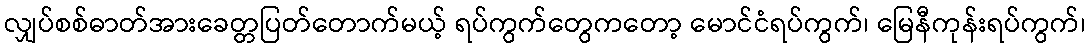
လျှပ်စစ်ဓာတ်အားခေတ္တပြတ်တောက်မယ့် ရပ်ကွက်တွေကတော့ မောင်ငံရပ်ကွက်၊ မြေနီကုန်းရပ်ကွက်၊